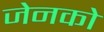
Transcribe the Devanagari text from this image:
जेनको